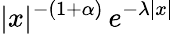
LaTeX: |x|^{-(1+\alpha)}\, e^{-\lambda|x|}